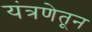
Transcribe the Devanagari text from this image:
यंत्रणेतून